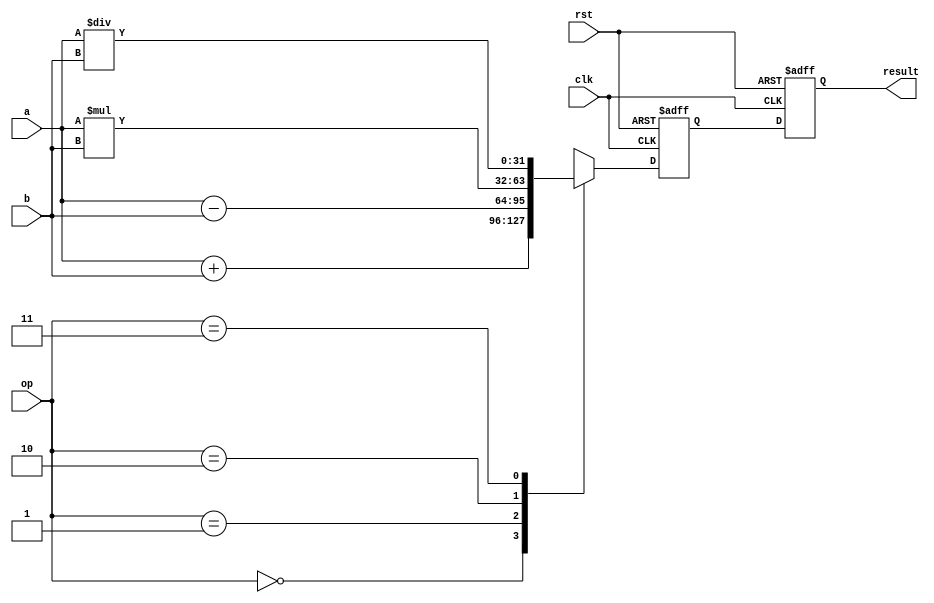
module single_precision_fpu(
    input wire clk,
    input wire rst,
    input wire [31:0] a, // Input operand A
    input wire [31:0] b, // Input operand B
    input wire [1:0] op, // Operation selection (0: addition, 1: subtraction, 2: multiplication, 3: division)
    output reg [31:0] result // Result of the operation
);

reg [31:0] temp;

always @(posedge clk or posedge rst) begin
    if(rst) begin
        result <= 32'b0; // Reset result
        temp <= 32'b0;
    end else begin
        case(op)
            2'b00: // Addition
                temp <= a + b;
            2'b01: // Subtraction
                temp <= a - b;
            2'b10: // Multiplication
                temp <= a * b;
            2'b11: // Division
                temp <= a / b;
            default:
                temp <= 32'b0;
        endcase
        result <= temp;
    end
end

endmodule